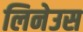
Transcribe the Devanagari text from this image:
लिनेउस